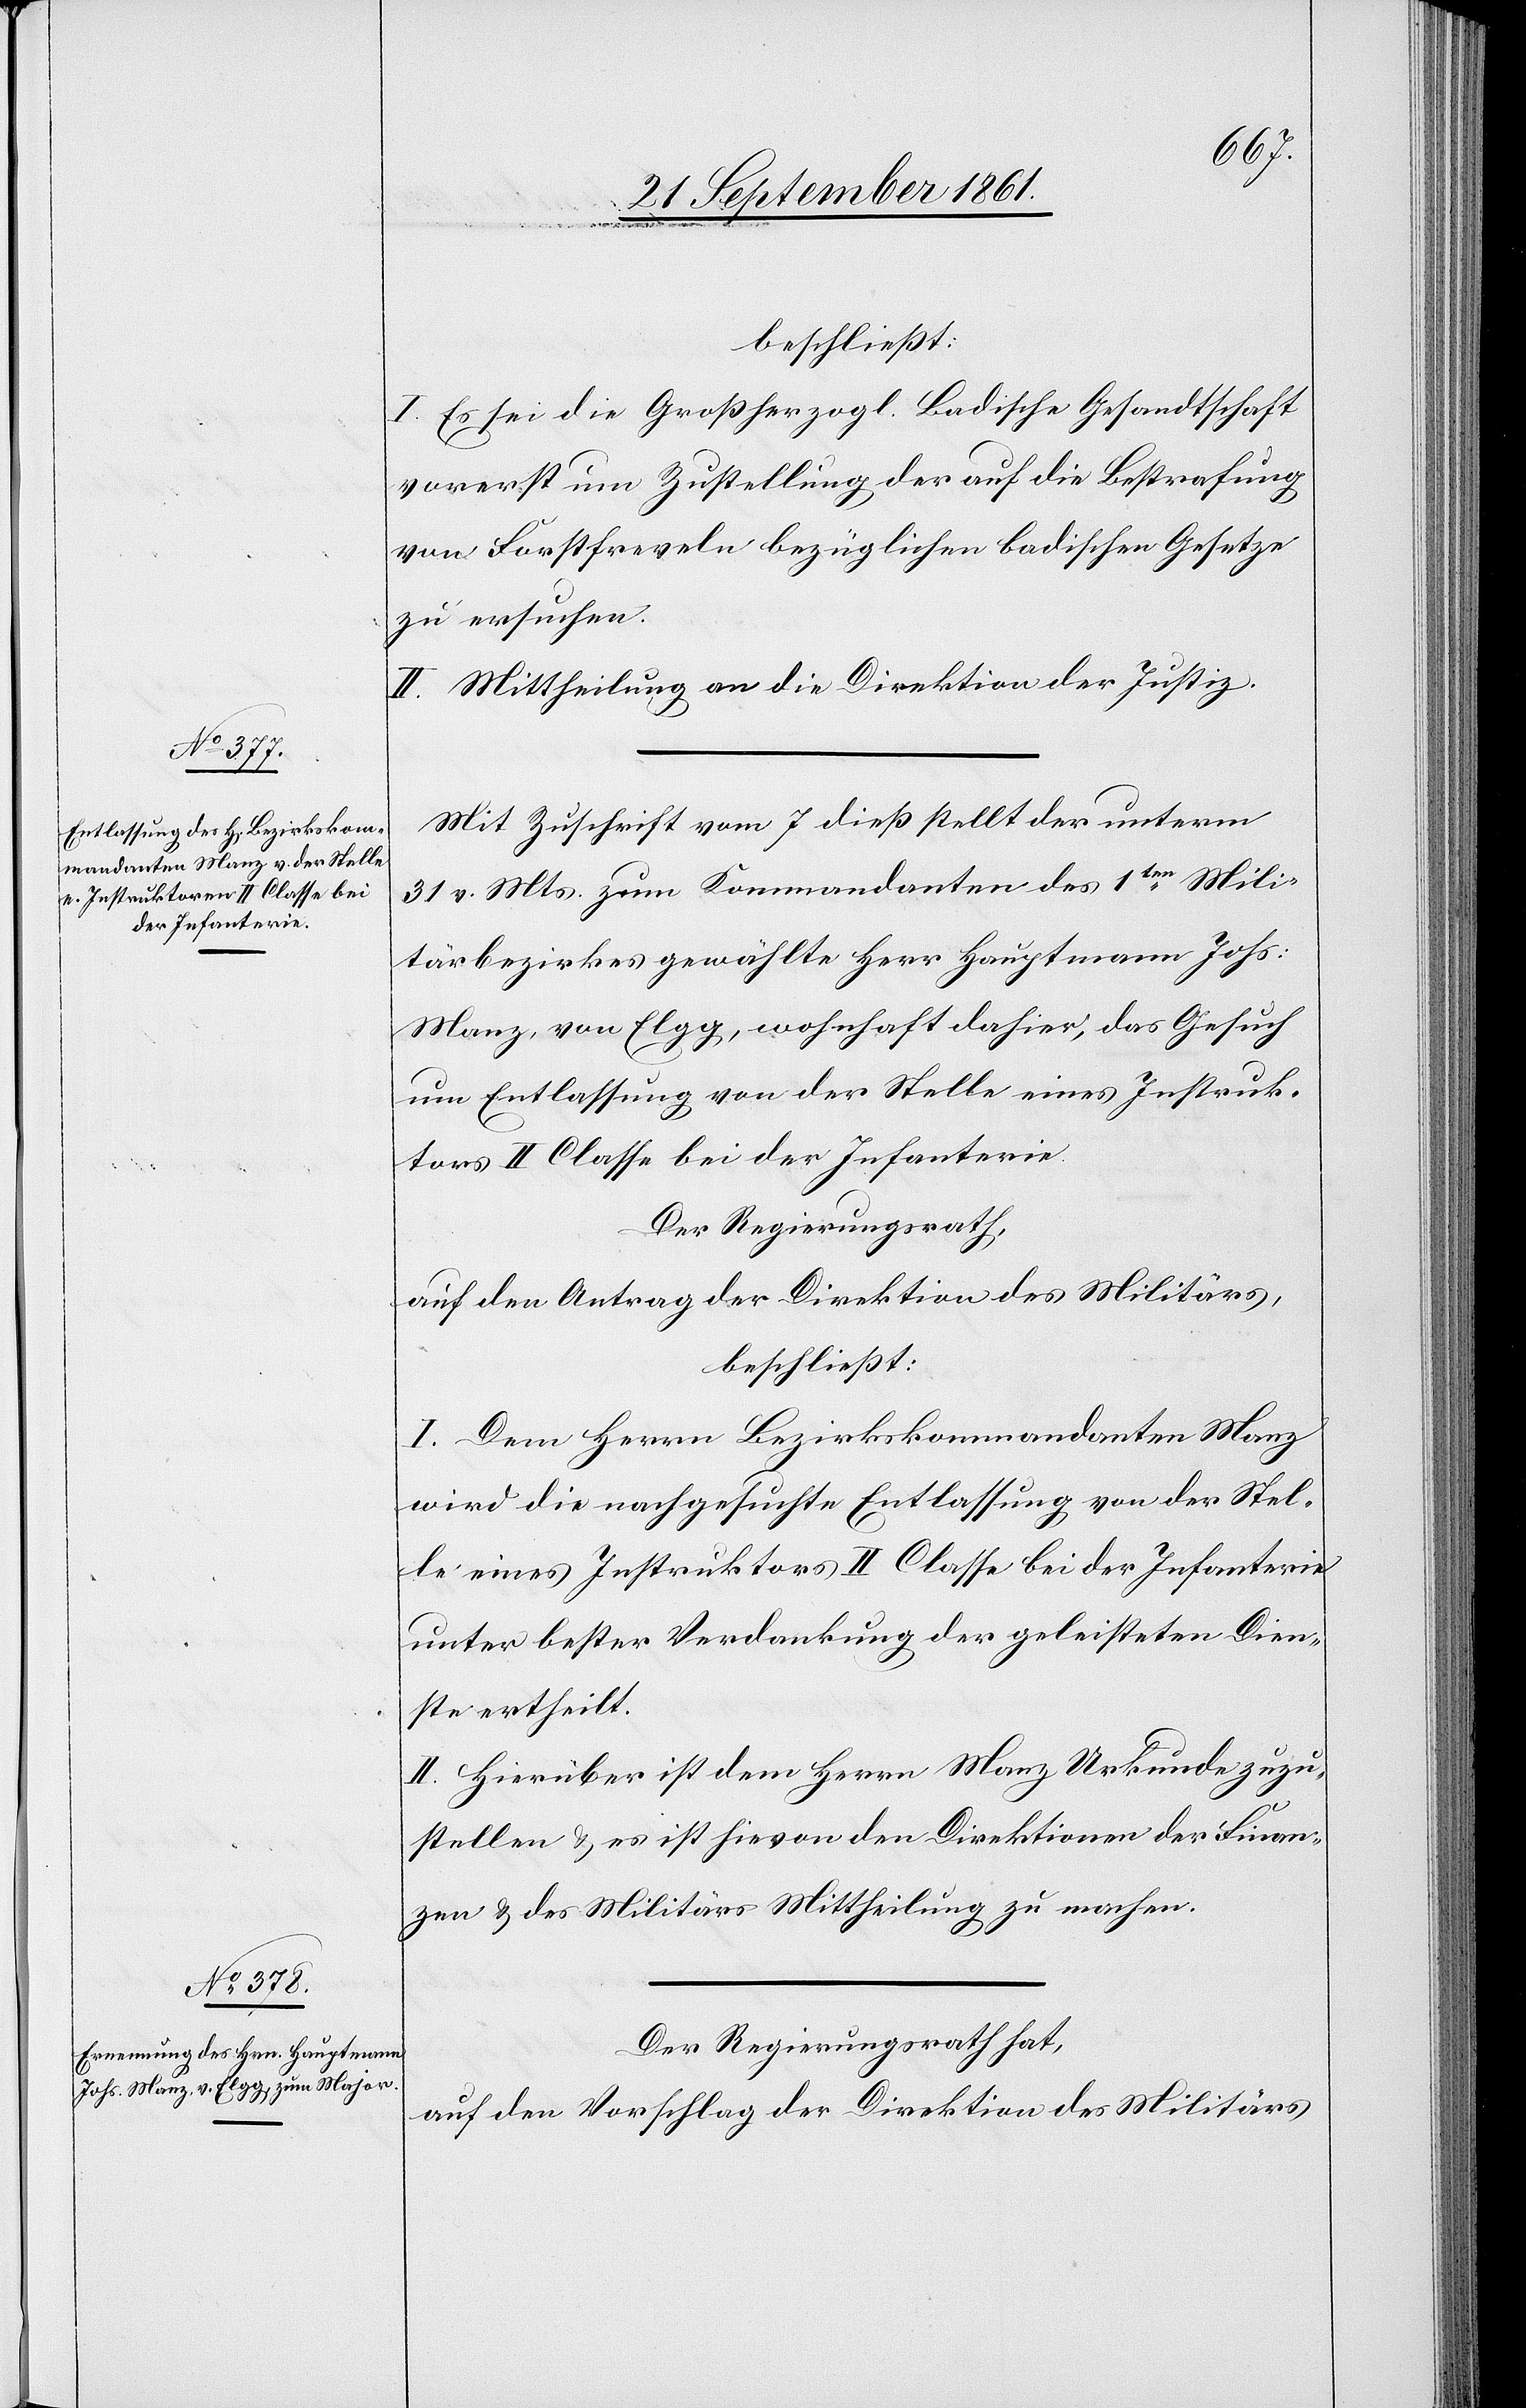
beschließt:
I. Es sei die Großherzogl. Badische Gesandtschaft
vorerst um Zustellung der auf die Bestrafung
von Forstfreveln bezüglichen badischen Gesetze
zu ersuchen.
II. Mittheilung an die Direktion der Justiz.
Mit Zuschrift vom 7 dieß stellt der unterm
31 v. Mts. zum Kommandanten des 1ten Mili¬
tärbezirkes gewählte Herr Hauptmann Johs:
Manz, von Elgg, wohnhaft dahier, das Gesuch
um Entlassung von der Stelle eines Instruk¬
tors II Classe bei der Infanterie
Der Regierungsrath,
auf den Antrag der Direktion des Militärs,
beschließt:
I. Dem Herrn Bezirkskommandanten Manz
wird die nachgesuchte Entlassung von der Stel¬
le eines Instruktors II Classe bei der Infanterie
unter bester Verdankung der geleisteten Dien¬
ste ertheilt.
II. Hierüber ist dem Herrn Manz Urkunde zuzu¬
stellen u. es ist hievon den Direktionen der Finan¬
zen u. des Militärs Mittheilung zu machen.
Der Regierungsrath hat,
auf den Vorschlag der Direktion des Militärs